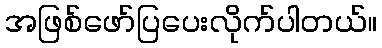
အဖြစ်ဖော်ပြပေးလိုက်ပါတယ်။